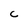
Character: C